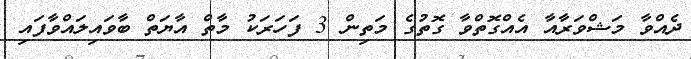
ދެއްވާ މަޝްވަރާއާ އެއްގޮތްވާ ގޮތުގެ މަތިން 3 ފަހަރަކު މާތް އާޔަތް ބާވައިލައްވާފައި